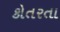
કોતરતા